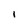
Character: l